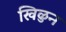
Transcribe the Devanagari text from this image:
खिळुन